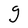
Character: g